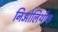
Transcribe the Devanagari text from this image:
निओलिथीक